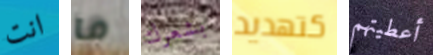
انت ما بشعرك كتهديد أعطيتهم